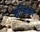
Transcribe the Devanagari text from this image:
मत्यिकी